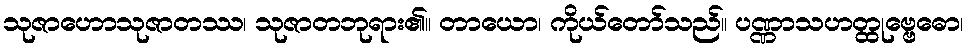
သုဇာဟောသုဇာတဿ၊ သုဇာတဘုရား၏။ တာယော၊ ကိုယ်တော်သည်။ ပဏ္ဏာသဟတ္ထုဗ္ဗေဓော၊